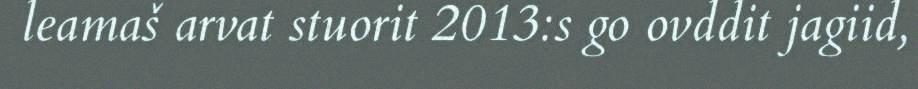
leamaš arvat stuorit 2013:s go ovddit jagiid,